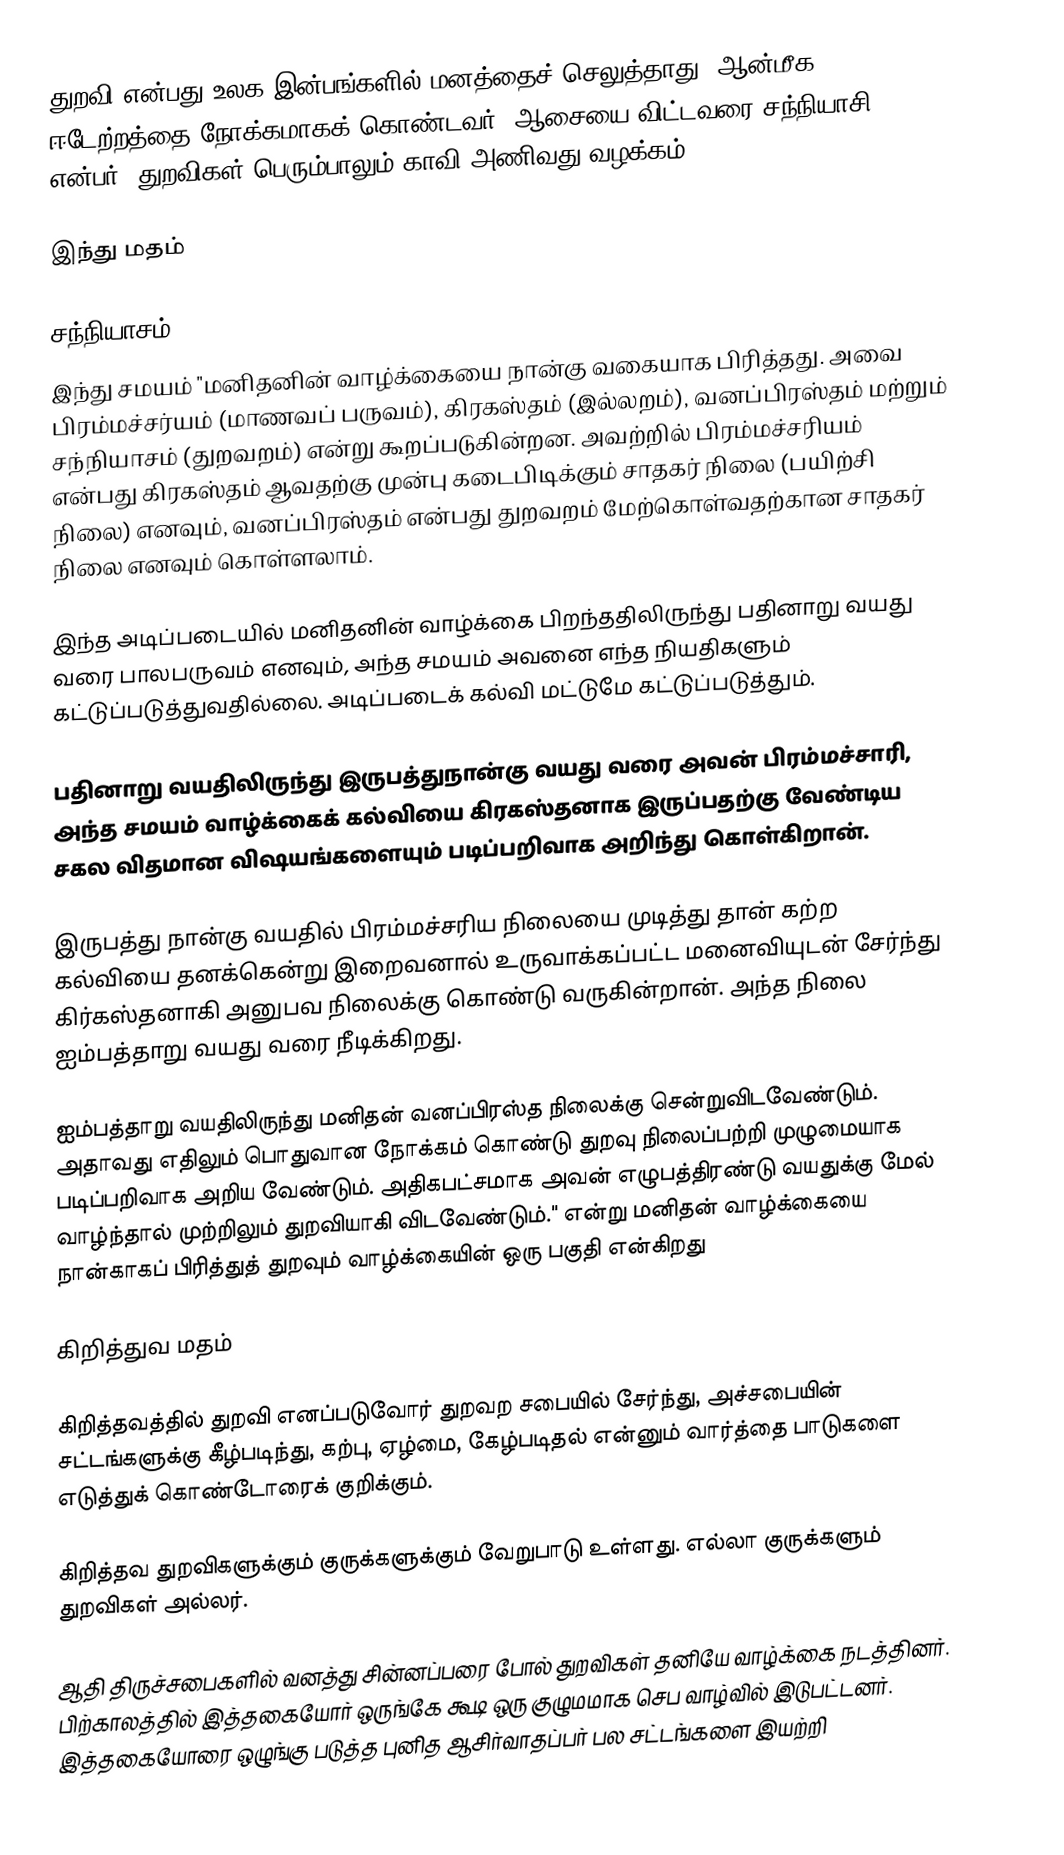
துறவி என்பது உலக இன்பங்களில் மனத்தைச் செலுத்தாது, ஆன்மீக ஈடேற்றத்தை நோக்கமாகக் கொண்டவர், ஆசையை விட்டவரை சந்நியாசி என்பர்.  துறவிகள் பெரும்பாலும் காவி அணிவது வழக்கம்.

இந்து மதம்

சந்நியாசம்
இந்து சமயம் "மனிதனின் வாழ்க்கையை நான்கு வகையாக பிரித்தது. அவை பிரம்மச்சர்யம் (மாணவப் பருவம்), கிரகஸ்தம் (இல்லறம்), வனப்பிரஸ்தம் மற்றும் சந்நியாசம் (துறவறம்) என்று கூறப்படுகின்றன. அவற்றில் பிரம்மச்சரியம் என்பது கிரகஸ்தம் ஆவதற்கு முன்பு கடைபிடிக்கும் சாதகர் நிலை (பயிற்சி நிலை) எனவும், வனப்பிரஸ்தம் என்பது துறவறம் மேற்கொள்வதற்கான சாதகர் நிலை எனவும் கொள்ளலாம்.

இந்த அடிப்படையில் மனிதனின் வாழ்க்கை பிறந்ததிலிருந்து பதினாறு வயது வரை பாலபருவம் எனவும், அந்த சமயம் அவனை எந்த நியதிகளும் கட்டுப்படுத்துவதில்லை. அடிப்படைக் கல்வி மட்டுமே கட்டுப்படுத்தும்.

பதினாறு வயதிலிருந்து இருபத்துநான்கு வயது வரை அவன் பிரம்மச்சாரி, அந்த சமயம் வாழ்க்கைக் கல்வியை கிரகஸ்தனாக இருப்பதற்கு வேண்டிய சகல விதமான விஷயங்களையும் படிப்பறிவாக அறிந்து கொள்கிறான்.

இருபத்து நான்கு வயதில் பிரம்மச்சரிய நிலையை முடித்து தான் கற்ற கல்வியை தனக்கென்று இறைவனால் உருவாக்கப்பட்ட மனைவியுடன் சேர்ந்து கிர்கஸ்தனாகி அனுபவ நிலைக்கு கொண்டு வருகின்றான். அந்த நிலை ஐம்பத்தாறு வயது வரை நீடிக்கிறது.

ஐம்பத்தாறு வயதிலிருந்து மனிதன் வனப்பிரஸ்த நிலைக்கு சென்றுவிடவேண்டும். அதாவது எதிலும் பொதுவான நோக்கம் கொண்டு துறவு நிலைப்பற்றி முழுமையாக படிப்பறிவாக அறிய வேண்டும். அதிகபட்சமாக அவன் எழுபத்திரண்டு வயதுக்கு மேல் வாழ்ந்தால் முற்றிலும் துறவியாகி விடவேண்டும்."  என்று மனிதன் வாழ்க்கையை நான்காகப் பிரித்துத் துறவும் வாழ்க்கையின் ஒரு பகுதி என்கிறது

கிறித்துவ மதம்

கிறித்தவத்தில் துறவி எனப்படுவோர் துறவற சபையில் சேர்ந்து, அச்சபையின் சட்டங்களுக்கு கீழ்படிந்து, கற்பு, ஏழ்மை, கேழ்படிதல் என்னும் வார்த்தை பாடுகளை எடுத்துக் கொண்டோரைக் குறிக்கும்.

கிறித்தவ துறவிகளுக்கும் குருக்களுக்கும் வேறுபாடு உள்ளது. எல்லா குருக்களும் துறவிகள் அல்லர்.

ஆதி திருச்சபைகளில் வனத்து சின்னப்பரை போல் துறவிகள் தனியே வாழ்க்கை நடத்தினர். பிற்காலத்தில் இத்தகையோர் ஒருங்கே கூடி ஒரு குழுமமாக செப வாழ்வில் இடுபட்டனர். இத்தகையோரை ஒழுங்கு படுத்த புனித ஆசிர்வாதப்பர் பல சட்டங்களை இயற்றி